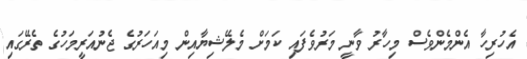
އެހުރިހާ އެންމެންވެސް މިހާރު ވާނީ މަރުވެފައި ކަމަށް މެލޭޝިޔާއިން މިއަހަރުގެ ޖެނުއަރީމަހުގެ ތެރޭގައި